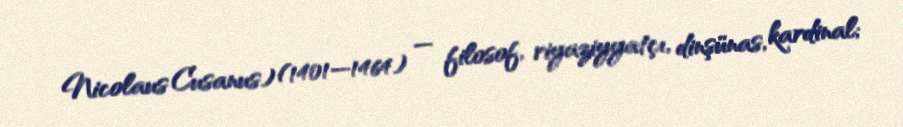
Nicolaus Cusanus) (1401—1464) — filosof, riyaziyyatçı, dinşünas, kardinal;